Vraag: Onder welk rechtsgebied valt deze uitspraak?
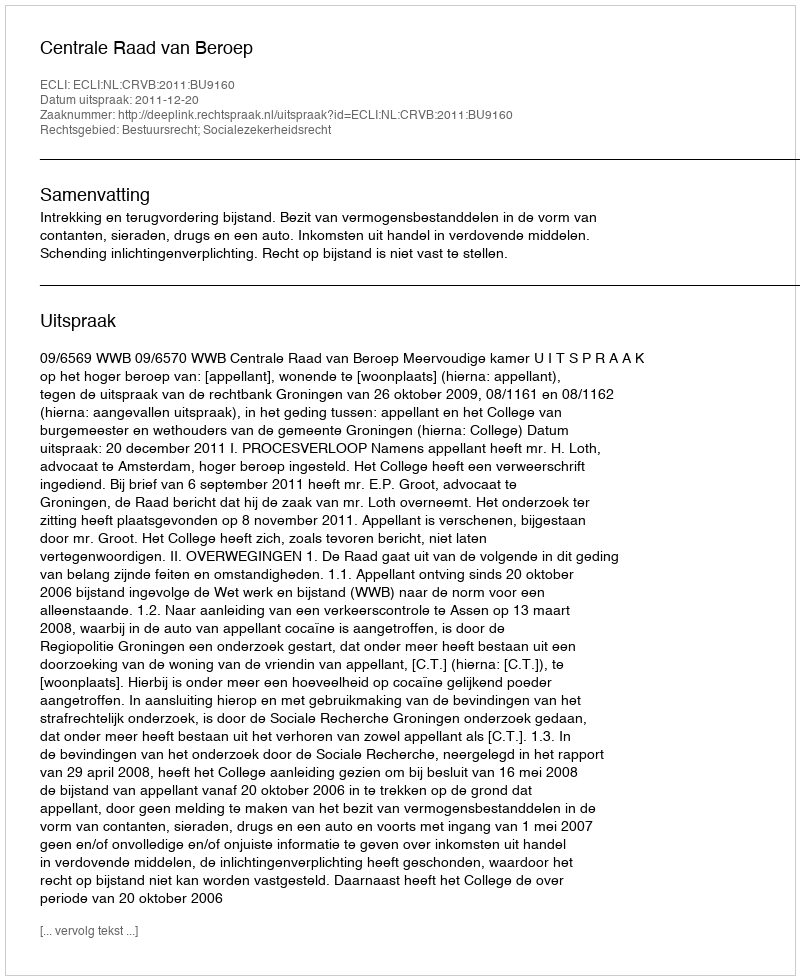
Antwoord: Bestuursrecht; Socialezekerheidsrecht